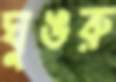
ঘুঙরু